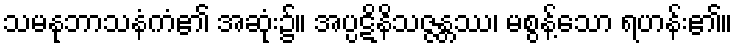
သမနုဘာသနံကံ၏ အဆုံး၌။ အပ္ပဋိနိသဇ္ဇန္တဿ၊ မစွန့်သော ရဟန်း၏။